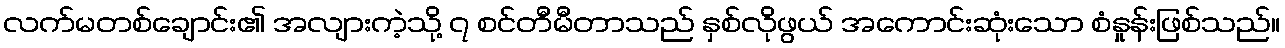
လက်မတစ်ချောင်း၏ အလျားကဲ့သို့ ၇ စင်တီမီတာသည် နှစ်လိုဖွယ် အကောင်းဆုံးသော စံနှုန်းဖြစ်သည်။